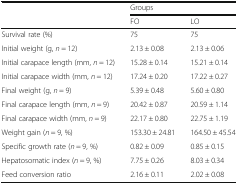
| <ROWSPAN=2>  | <COLSPAN=2> Groups |
 | FO | LO |
 | --- | --- | --- |
 | Survival rate (%) | 75 | 75 |
 | Initial weight (g, n = 12) | 2.13 ± 0.08 | 2.13 ± 0.06 |
 | Initial carapace length (mm, n = 12) | 15.28 ± 0.14 | 15.21 ± 0.14 |
 | Initial carapace width (mm, n = 12) | 17.24 ± 0.20 | 17.22 ± 0.27 |
 | Final weight (g, n = 9) | 5.39 ± 0.48 | 5.60 ± 0.80 |
 | Final carapace length (mm, n = 9) | 20.42 ± 0.87 | 20.59 ± 1.14 |
 | Final carapace width (mm, n = 9) | 22.17 ± 0.80 | 22.75 ± 1.19 |
 | Weight gain (n = 9, %) | 153.30 ± 24.81 | 164.50 ± 45.54 |
 | Specific growth rate (n = 9, %) | 0.82 ± 0.09 | 0.85 ± 0.15 |
 | Hepatosomatic index (n = 9, %) | 7.75 ± 0.26 | 8.03 ± 0.34 |
 | Feed conversion ratio | 2.16 ± 0.11 | 2.02 ± 0.08 |